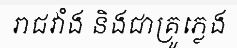
រាជវាំង និងជាគ្រូភ្លេង